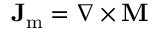
\mathbf { J } _ { \mathrm { m } } = \nabla \times \mathbf { M }